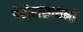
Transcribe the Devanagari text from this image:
पेट्रोरासायनों